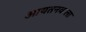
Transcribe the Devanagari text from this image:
आयतनवाला